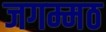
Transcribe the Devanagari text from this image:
जगम्मठ